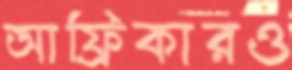
আফ্রিকারও